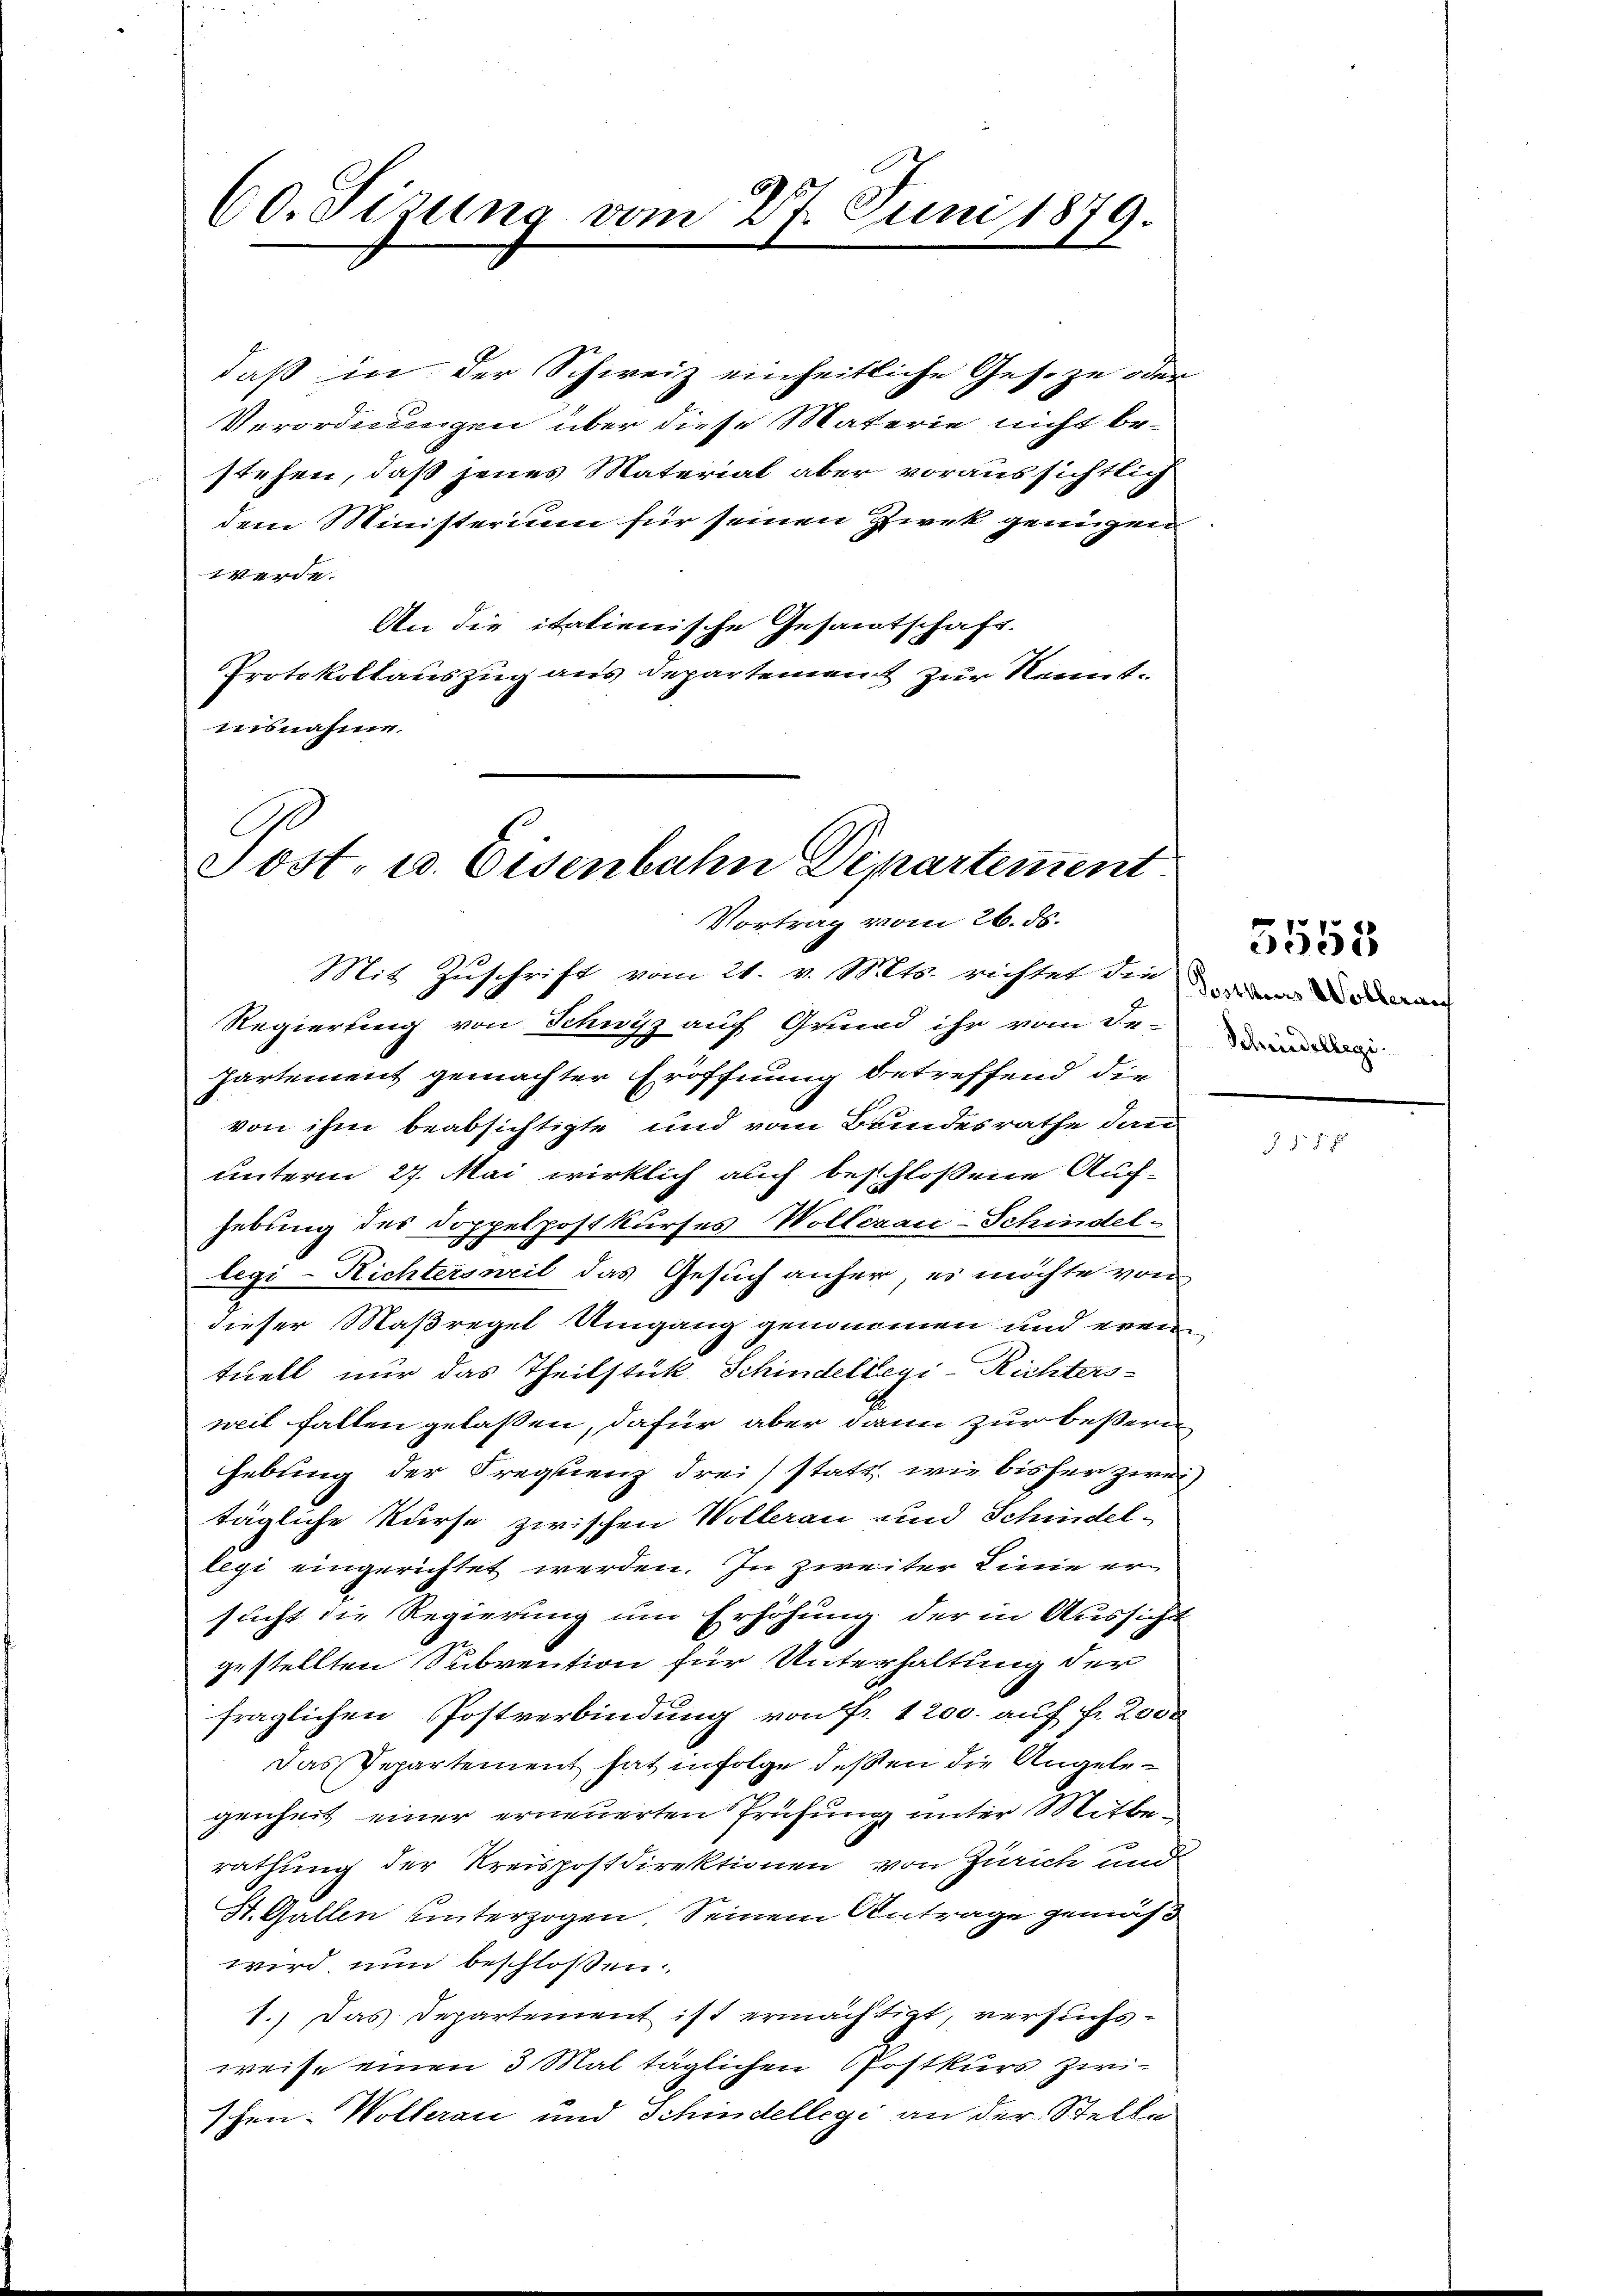
daß in der Schweiz einheitliche Ges. zu oder
Verordnungen über diese Materie nicht bestehen, daß jenes Material aber voraussichtlich
dem Ministerium für seinen Zwek genügen
Werde.
An die italienische Gesamtschaft.
Protokollauszug aus Departement zur Kenntunsnahme.

60. Sizung vom 27. Juni 1879.

Sost. u. Eisenbahn Departement
Vortrag vom 26. ds.

Mit Zuschrift vom 21. v. Mts. richtet die u. in dan
Regierung von Schwyz auf Grund ihr von den de
partement gemachter Eröffnung betreffend die
von ihm beabsichtigte und vom Bundesrathe dann
unterm 27. Mai wirklich auch beschlossene Auf-
hebung des Doppelpostkurses Wollerau-Schindel-
legi-Richtersweil das Gesuch anher, es möchte von
dieser Maßregel Umgang genommen und erne
tuell nur das Theilstück Schindellegi-Richters-
weil fallen gelaßen, dafür aber dann zur beßern
hebung der Frequenz drei (statt, wie bisher zwei
tägliche Kurse zwischen Wollerau und Schindel-
legi eingerichtet werden. In zweiter Linie ersucht die Regierung um Erhöhung der in Aussicht
gestellten Subvention für Unterhaltung der
fraglichen Postverbindung von Fr. 1200. auf fr. 2000
Das Repartement hat infolge deßen die Angelegenheit einer erneuerten Prüfung unter Mitberathung der Kreispostdirektionen von Zürich und
St. Gallen unterzogen Seinem Antrage gemäß
wird nun beschlossen:
1.) Das Departement ist ermächtigt, versuchs-
weise einen 3 Mal täglichen Pfostkurs zwischen- Wollerau und Schindellegi an der Stelle

5558

7f 5 x